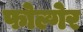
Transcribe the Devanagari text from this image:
फोल्गेर